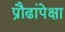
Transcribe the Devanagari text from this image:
प्रौढांपेक्षा